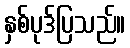
နှစ်ပုဒ်ပြသည်။